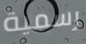
رسمية